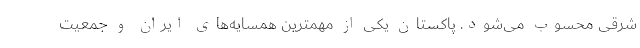
شرقی محسوب می‌شود. پاکستان یکی از مهمترین همسایه‌های ایران و جمعیت